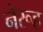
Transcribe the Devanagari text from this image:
नेरूह